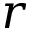
r